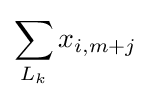
\sum _{L_{k}}{x_{i,m+j}}